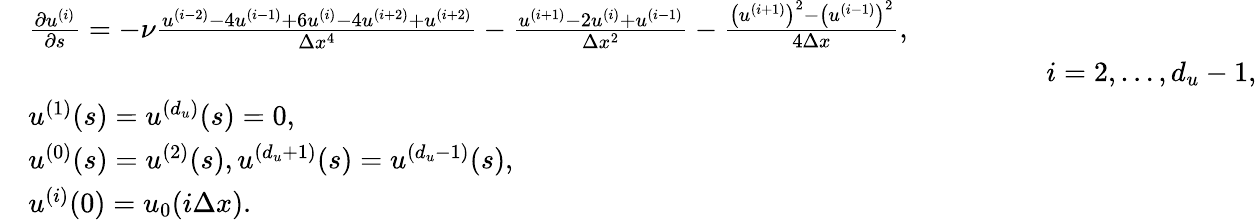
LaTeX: \begin{array}{rl}&{\frac{\partial u^{(i)}}{\partial s}=-\nu\frac{u^{(i-2)}-4u^{(i-1)}+6u^{(i)}-4u^{(i+2)}+u^{(i+2)}}{\Delta x^{4}}-\frac{u^{(i+1)}-2u^{(i)}+u^{(i-1)}}{\Delta x^{2}}-\frac{\big(u^{(i+1)}\big)^{2}-\big(u^{(i-1)}\big)^{2}}{4\Delta x},}\\ &{\qquad\qquad\qquad\qquad\qquad\qquad\qquad\qquad\qquad\qquad\qquad\qquad\qquad\qquad\qquad\qquad\qquad\qquad i=2,\dots,d_{u}-1,}\\ &{u^{(1)}(s)=u^{(d_{u})}(s)=0,}\\ &{u^{(0)}(s)=u^{(2)}(s),u^{(d_{u}+1)}(s)=u^{(d_{u}-1)}(s),}\\ &{u^{(i)}(0)=u_{0}(i\Delta x).}\end{array}